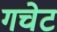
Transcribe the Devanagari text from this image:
गचेट